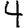
Digit: 4